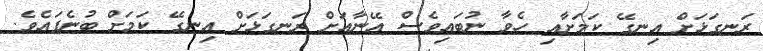
ރަނގަޅަށް އިނގޭ ކަމަށާއި ހެވާ ނުބައިވެސް އޭނާއަށް ރަނގަޅަށް އިނގޭ ކަމަށް ބުނެފައެވެ.